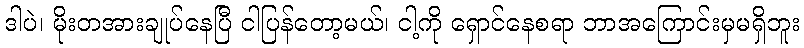
ဒါပဲ၊ မိုးတအားချုပ်နေပြီ ငါပြန်တော့မယ်၊ ငါ့ကို ရှောင်နေစရာ ဘာအကြောင်းမှမရှိဘူး